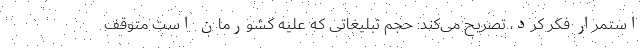
استمرار فکر کرد، تصریح می‌کند: حجم تبلیغاتی که علیه کشورمان است متوقف